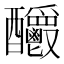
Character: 𨤊